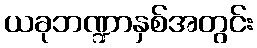
ယခုဘဏ္ဍာနှစ်အတွင်း